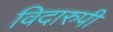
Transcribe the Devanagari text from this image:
विदारुपी